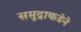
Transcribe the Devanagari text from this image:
समुद्राकडेने